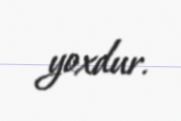
yoxdur.